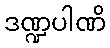
ဒဏ္ဍပါဏိ